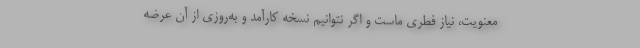
معنویت، نیاز فطری ماست و اگر نتوانیم نسخه کارآمد و به‌روزی از آن عرضه